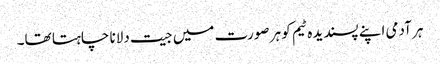
ہر آدمی اپنے پسندیدہ ٹیم کو ہر صورت میں جیت دلانا چاہتا تھا۔